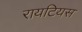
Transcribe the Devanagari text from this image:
रायटियस